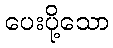
ပေးပို့သော